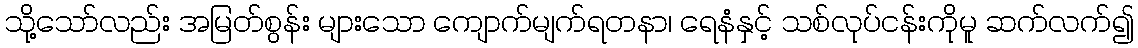
သို့သော်လည်း အမြတ်စွန်း များသော ကျောက်မျက်ရတနာ၊ ရေနံနှင့် သစ်လုပ်ငန်းကိုမူ ဆက်လက်၍